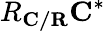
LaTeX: R_{\mathbf{C/R}}{\mathbf{C}}^{*}